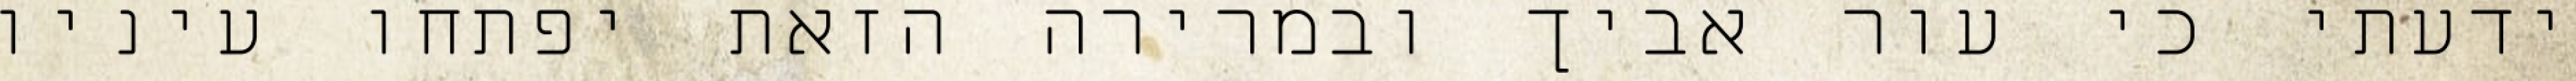
ידעתי כי עור אביך ובמרירה הזאת יפתחו עיניו